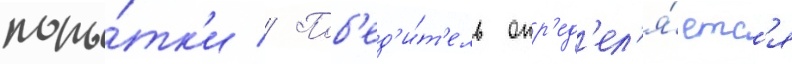
попы́тк'и // Поб'ед'и́т'ель опр'ед'ел'я́етс'я